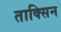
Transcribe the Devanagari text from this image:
ताक्सिन